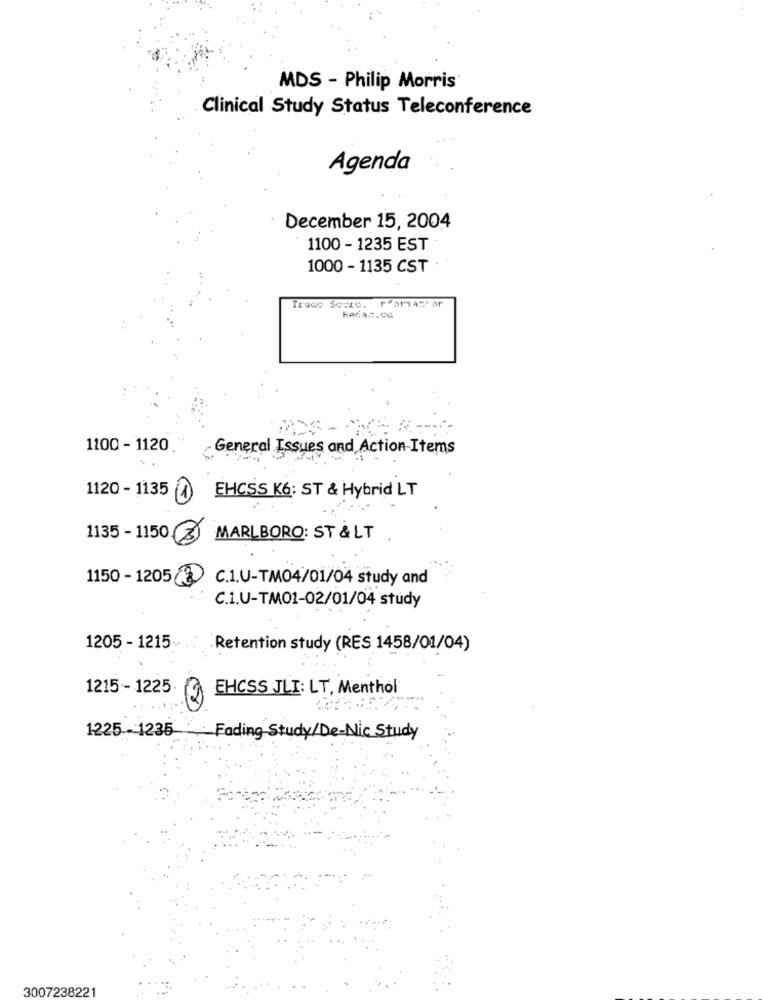
MDS - Philip Morris
Clinical Study Status Teleconference
Agenda
December 15, 2004
1100 - 1235 EST
1000 - 1135 CST
Trace Serro. roryazt or
HAGA7.CO
1100 - 1120.
General Issues and Action Items
1120 - 1135
EHCSS K6: ST & Hybrid LT
1135 - 1150
MARLBORO: ST &LT
1150 - 1205(3 C.1.U-TM04/01/04 study and
C.1.U-TM01-02/01/04 study
1205 - 1215-
Retention study (RES 1458/01/04)
1215 - 1225
EHCSS JLI: LT, Menthol
1225-1235 Fading Study/De-Nic Study
3007238221